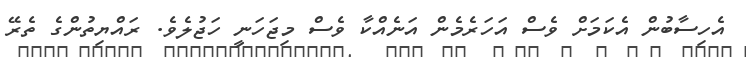
އެހިސާބުން އެކަމަށް ވެސް އަހަރެމެން އަނެއްކާ ވެސް މިޖަހަނީ ހަޖުލެވެ. ރައްޔިތުންގެ ތެރޭ